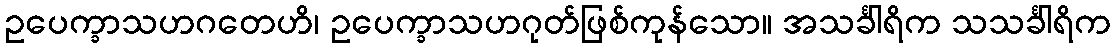
ဥပေက္ခာသဟဂတေဟိ၊ ဥပေက္ခာသဟဂုတ်ဖြစ်ကုန်သော။ အသင်္ခါရိက သသင်္ခါရိက